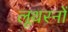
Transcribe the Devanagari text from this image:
लूथरनों